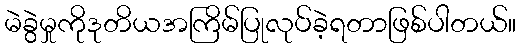
မဲခွဲမှုကိုဒုတိယအကြိမ်ပြုလုပ်ခဲ့ရတာဖြစ်ပါတယ်။